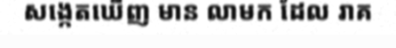
សង្កេតឃើញ មាន លាមក ដែល រាគ